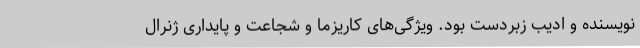
نویسنده و ادیب زبردست بود. ویژگی‌های کاریزما و شجاعت و پایداری ژنرال